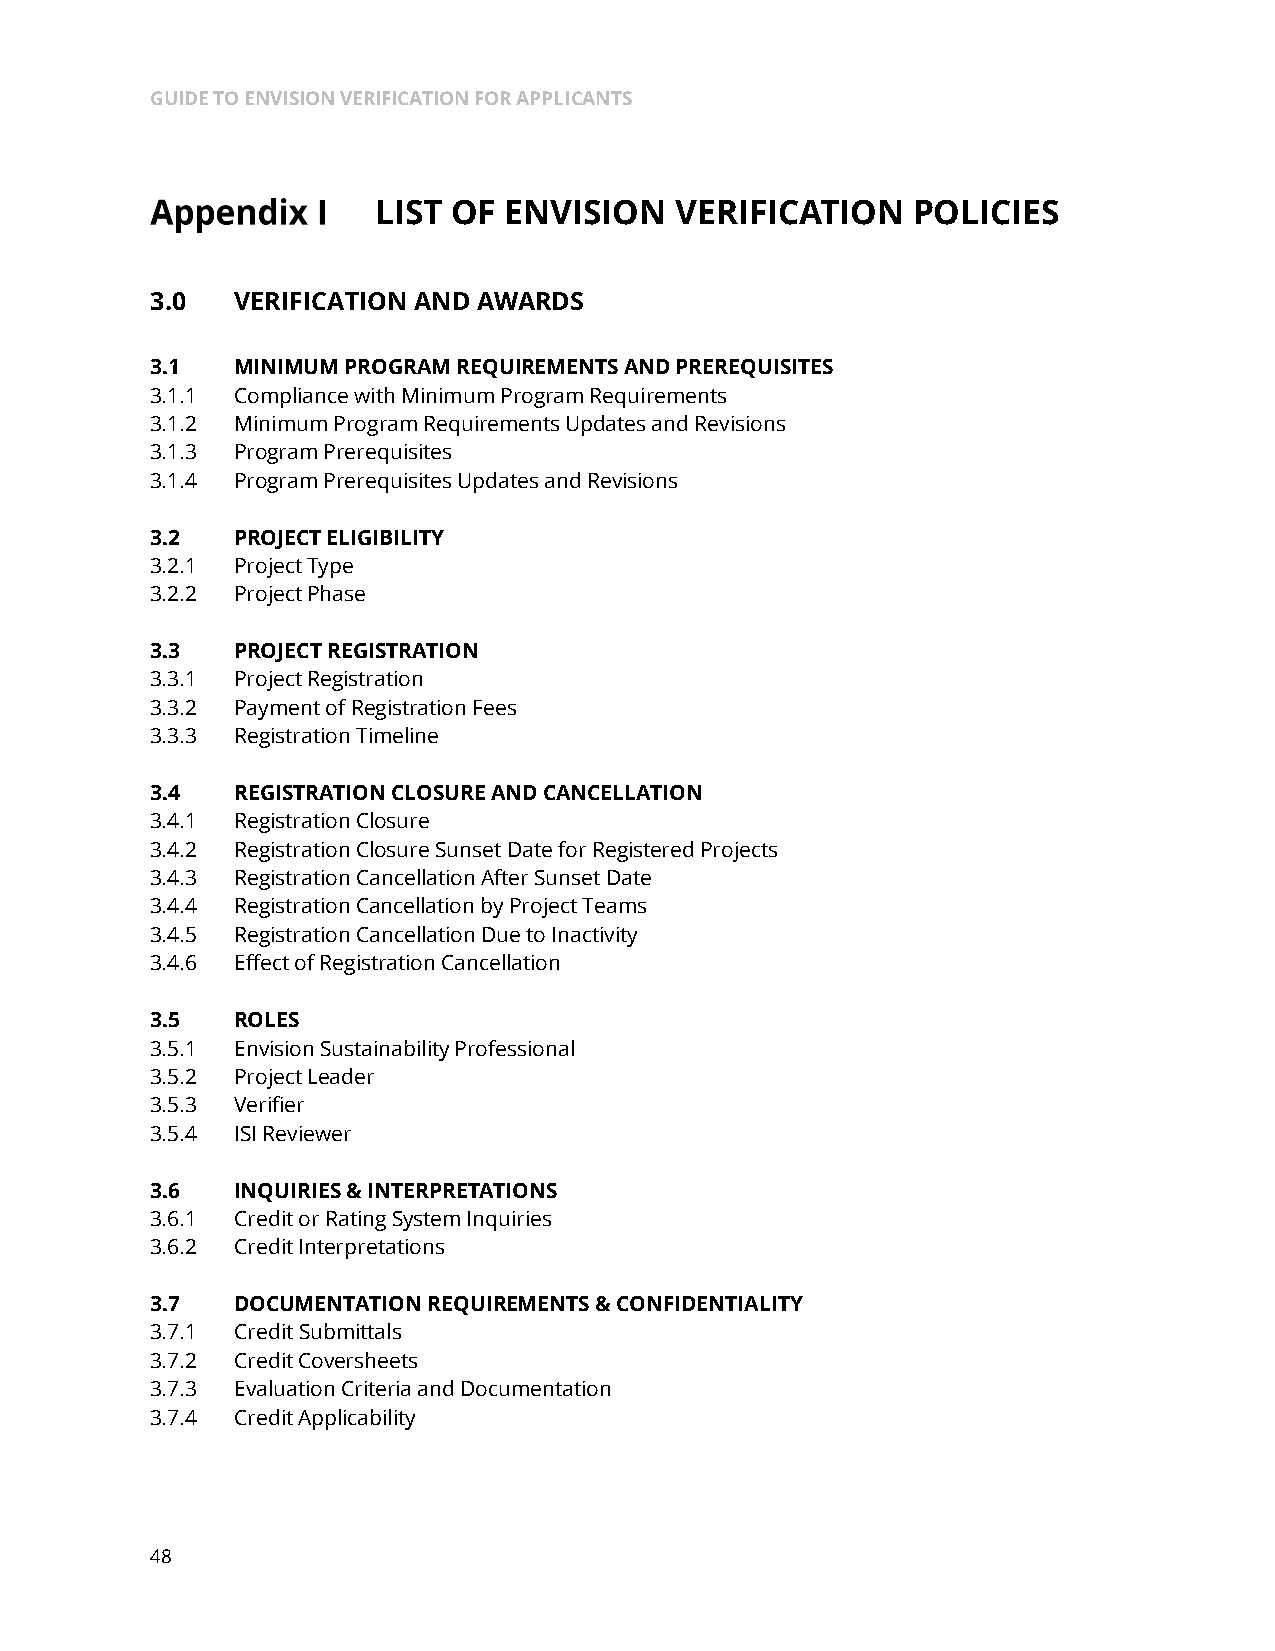
GUIDE TO ENVISION VERIFICATION FOR APPLICANTS
 LIST OF ENVISION    VERIFICATION   POLICIES
 3.0   VERIFICATION AND AWARDS
 3.1   MINIMUM PROGRAM REQUIREMENTS AND PREREQUISITES
 3.1.1 Compliance with Minimum Program Requirements
 3.1.2 Minimum Program Requirements Updates and Revisions
 3.1.3 Program Prerequisites
 3.1.4 Program Prerequisites Updates and Revisions
 3.2   PROJECT ELIGIBILITY
 3.2.1 Project Type
 3.2.2 Project Phase
 3.3   PROJECT REGISTRATION
 3.3.1 Project Registration
 3.3.2 Payment of Registration Fees
 3.3.3 Registration Timeline
 3.4   REGISTRATION CLOSURE AND CANCELLATION
 3.4.1 Registration Closure
 3.4.2 Registration Closure Sunset Date for Registered Projects
 3.4.3 Registration Cancellation After Sunset Date
 3.4.4 Registration Cancellation by Project Teams
 3.4.5 Registration Cancellation Due to Inactivity
 3.4.6 Effect of Registration Cancellation
 3.5   ROLES
 3.5.1 Envision Sustainability Professional
 3.5.2 Project Leader
 3.5.3 Verifier
 3.5.4 ISI Reviewer
 3.6   INQUIRIES & INTERPRETATIONS
 3.6.1 Credit or Rating System Inquiries
 3.6.2 Credit Interpretations
 3.7   DOCUMENTATION REQUIREMENTS & CONFIDENTIALITY
 3.7.1 Credit Submittals
 3.7.2 Credit Coversheets
 3.7.3 Evaluation Criteria and Documentation
 3.7.4 Credit Applicability
 48